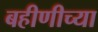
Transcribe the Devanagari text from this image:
बहीणीच्या